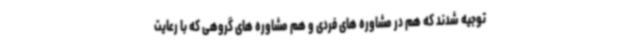
توجیه شدند که هم در مشاوره های فردی و هم مشاوره های گروهی که با رعایت